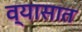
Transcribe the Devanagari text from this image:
व्यासात